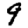
Digit: 9